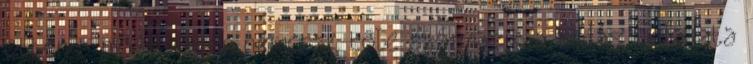
ebben a módszerben nemcsak tőle származik a tudás. Feladata